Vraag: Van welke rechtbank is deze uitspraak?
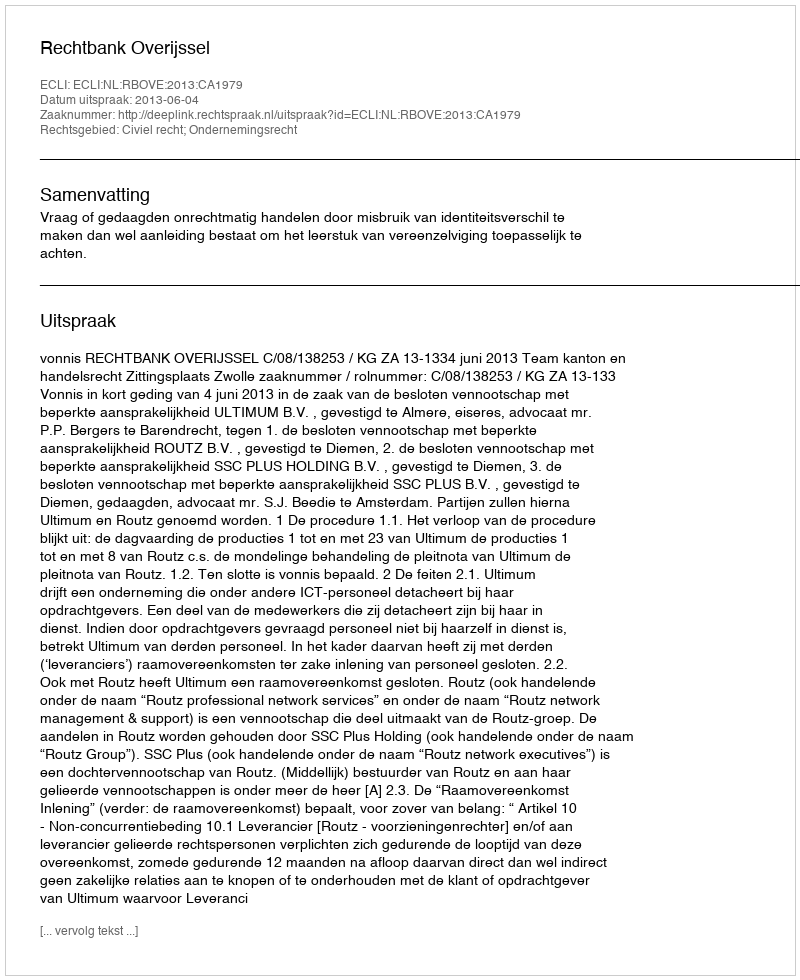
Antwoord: Rechtbank Overijssel